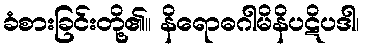
ခံစားခြင်းတို့၏။ နိရောဓဂါမိနိပဋိပဒါ၊